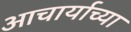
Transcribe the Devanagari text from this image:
आचार्याच्या